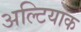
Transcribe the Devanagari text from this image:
अल्टियाक